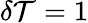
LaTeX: \delta\mathcal{T}=1